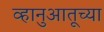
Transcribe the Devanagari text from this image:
व्हानुआतूच्या